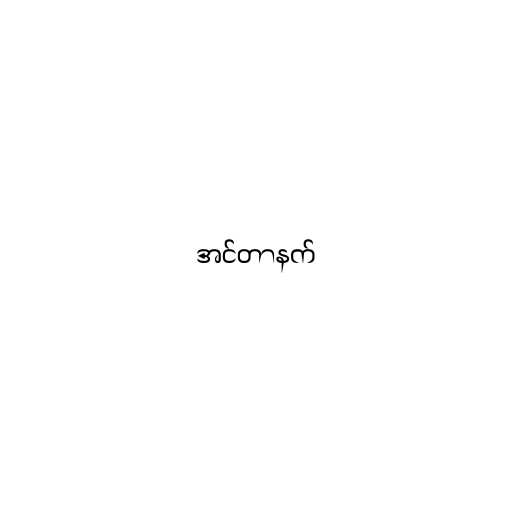
အင်တာနက်